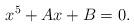
LaTeX: \begin{align*}x^5+Ax+B=0.\end{align*}